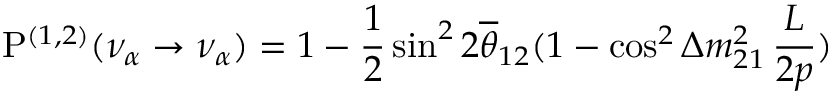
{ \mathrm P } ^ { ( 1 , 2 ) } ( \nu _ { \alpha } \to \nu _ { \alpha } ) = 1 - \frac { 1 } { 2 } \sin ^ { 2 } 2 \overline { { { \theta } } } _ { 1 2 } ( 1 - \cos ^ { 2 } \Delta m _ { 2 1 } ^ { 2 } \, \frac { L } { 2 p } )